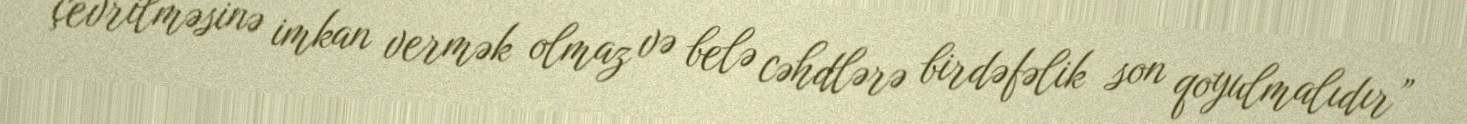
çevrilməsinə imkan vermək olmaz və belə cəhdlərə birdəfəlik son qoyulmalıdır”